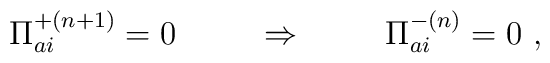
{\Pi}^{+(n+1)}_{ai} = 0 \hspace{1cm} \Rightarrow \hspace{1cm} {\Pi}^{-(n)}_{ai} = 0 \ ,